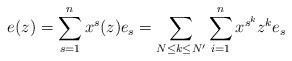
LaTeX: \begin{align*}e(z)=\sum_{s=1}^nx^{s}(z)e_{s}=\sum_{N\leq k\leq N'}\sum_{i=1}^nx^{s^k}z^ke_{s}\end{align*}